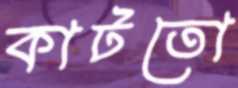
কাটতো